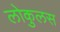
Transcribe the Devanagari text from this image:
लोकुलस